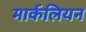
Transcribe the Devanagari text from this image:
मार्कलियन